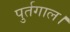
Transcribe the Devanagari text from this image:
पुर्तगाल।